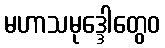
မဟာသမုဒ္ဒေါတွေဝ